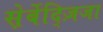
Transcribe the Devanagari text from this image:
स़ेर्बेद्ज़िजा